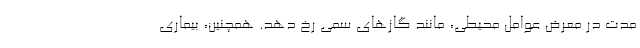
مدت در معرض عوامل محیطی، مانند گازهای سمی رخ دهد. همچنین، بیماری